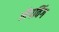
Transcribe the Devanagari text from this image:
लैपविंग